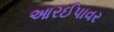
આરઈપાવર